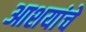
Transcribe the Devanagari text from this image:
आशयांचे